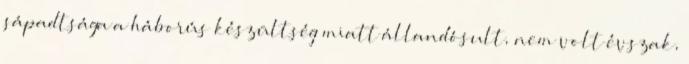
sápadtsága a háborús készültség miatt állandósult, nem volt évszak,